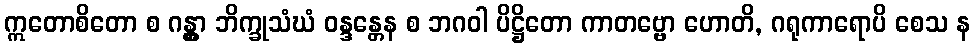
ဣတောစိတော စ ဂန္တွာ ဘိက္ခုသံဃံ ဝန္ဒန္တေန စ ဘဂဝါ ပိဋ္ဌိတော ကာတဗ္ဗော ဟောတိ, ဂရုကာရောပိ စေသ န